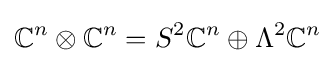
\mathbb {C} ^{n}\otimes \mathbb {C} ^{n}=S^{2}\mathbb {C} ^{n}\oplus \Lambda ^{2}\mathbb {C} ^{n}